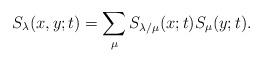
LaTeX: \begin{align*}S_{\lambda}(x,y;t)=\sum_{\mu}S_{\lambda/\mu}(x;t)S_{\mu}(y;t).\end{align*}